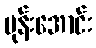
ပုန်းအောင်း